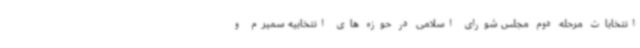
انتخابات مرحله دوم مجلس شورای اسلامی در حوزه های انتخابیه سمیرم و